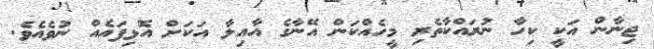
ޖިނާން އަކީ ކިހާ ނުރައްކާތެރި މީހެއްކަން އޭނާގެ އާއިލާ އަކަށް އޮޅިފައެއް ނުވެއެވެ.